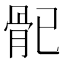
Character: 𩨕